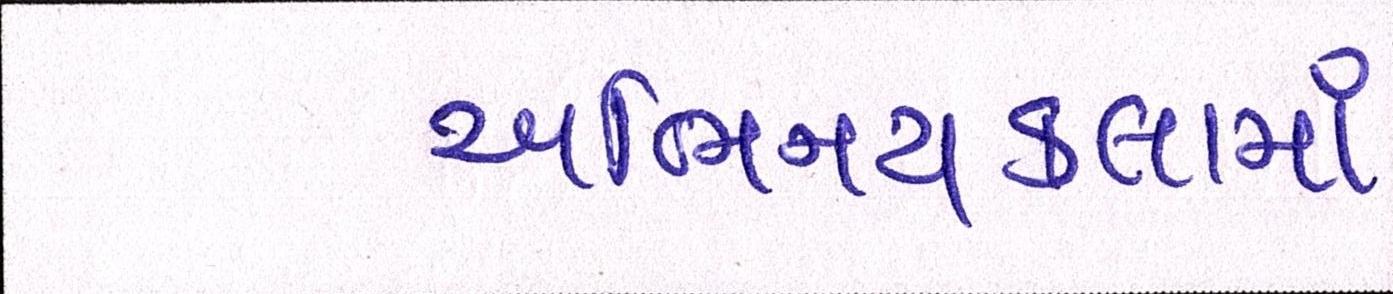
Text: અભિનયકલામાં